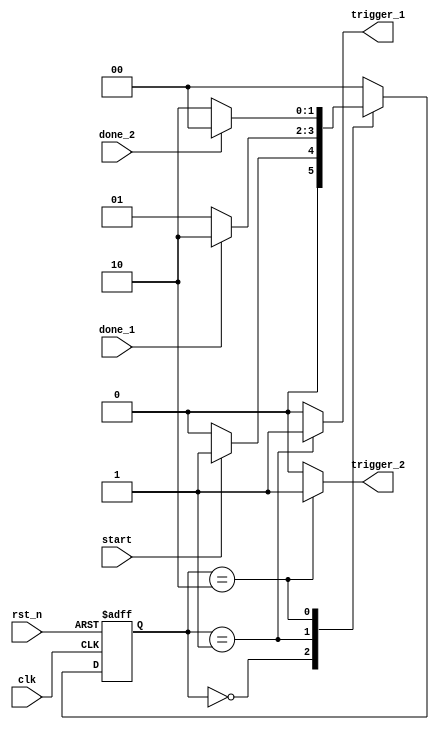

module controller(
input clk,                 //clock
input rst_n,               //external reset
input done_1,              //
input done_2,
input start,               //external start command
output trigger_1,          //
output trigger_2
);

parameter [1:0] IDLE = 2'b00, SLAVE_1 = 2'b01, SLAVE_2 = 2'b10;
reg [1:0] CS, NS;

always @(posedge clk or negedge rst_n)
begin
 if (~rst_n)
  CS <= IDLE;
 else CS <= NS;
end

always @(start, done_1, done_2)
begin
 case(CS)
 IDLE: begin
        if (start == 1'b1)
         NS = SLAVE_1;
        else NS = IDLE;
       end
 SLAVE_1: begin
               if (done_1 == 1'b1)
                NS = SLAVE_2;
               else NS = SLAVE_1;
              end
 SLAVE_2: begin
               if (done_2 == 1'b1)
                NS = IDLE;
               else NS = SLAVE_2;
             end
 default: NS = IDLE;
 endcase
end

assign trigger_1 = (CS == SLAVE_1) ? 1'b1 : 1'b0; 
assign trigger_2 = (CS == SLAVE_2) ? 1'b1 : 1'b0; 

endmodule